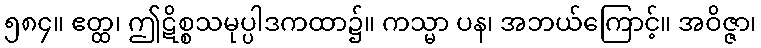
၅၈၄။ ဧတ္ထ၊ ဤဋိစ္စသမုပ္ပါဒကထာ၌။ ကသ္မာ ပန၊ အဘယ်ကြောင့်။ အဝိဇ္ဇာ၊